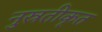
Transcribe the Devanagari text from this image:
नुस्रतीकृत